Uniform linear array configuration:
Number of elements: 12
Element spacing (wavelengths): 0.5
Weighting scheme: cosine
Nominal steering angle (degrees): -60
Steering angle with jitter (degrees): -59.127
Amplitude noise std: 0.05
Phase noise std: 0.05

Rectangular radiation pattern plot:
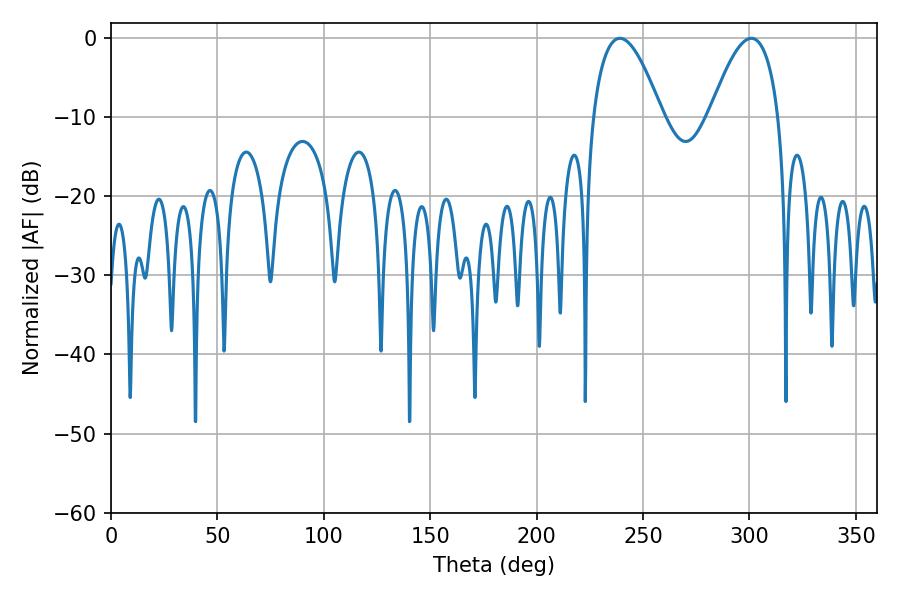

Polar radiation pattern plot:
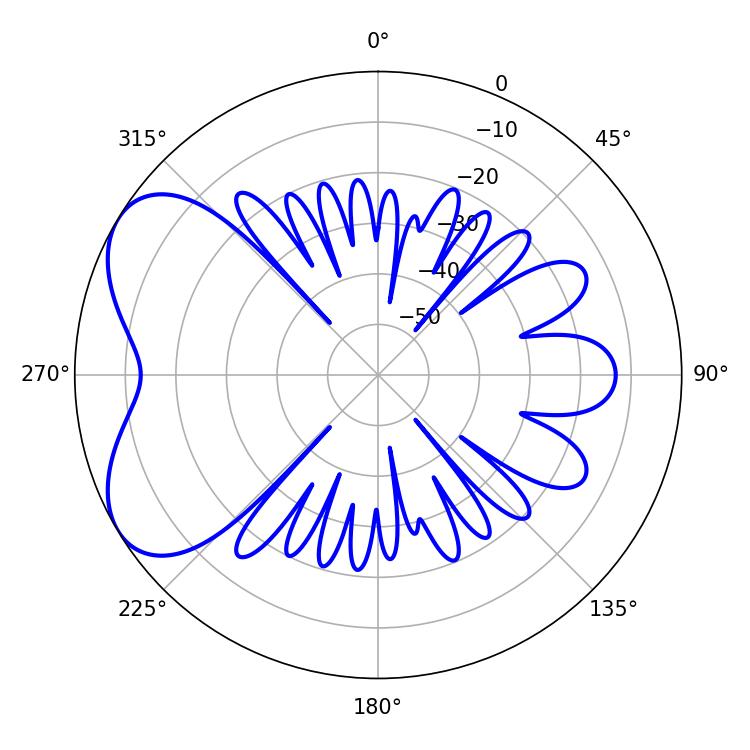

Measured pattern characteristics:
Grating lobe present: FALSE
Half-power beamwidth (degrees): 17.64
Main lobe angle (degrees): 239.04